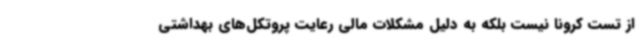
از تست کرونا نیست بلکه به دلیل مشکلات مالی رعایت پروتکل‌های بهداشتی